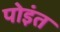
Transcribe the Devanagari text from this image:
पोइंत